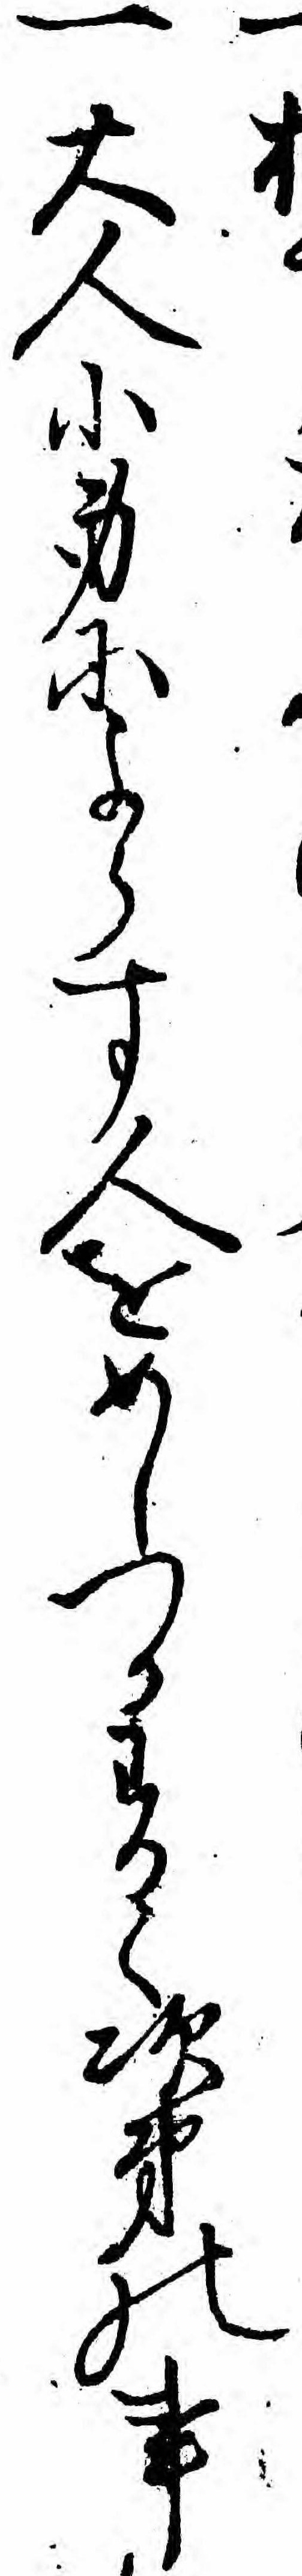
一大人小身によらす人をめしつかわるゝ次第の事